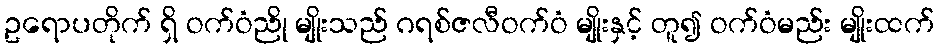
ဥရောပတိုက် ရှိ ဝက်ဝံညို မျိုးသည် ဂရစ်ဇလီဝက်ဝံ မျိုးနှင့် တူ၍ ဝက်ဝံမည်း မျိုးထက်